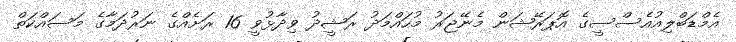
އެމްޑަބްލިއުއެސްސީގެ އޮޕަރޭޝަން މެނޭޖަރު މުހައްމަދު ރަޝީދު ވިދާޅުވީ 16 ރަށެއްގެ ނަރުދަމާގެ މަސައްކަތް